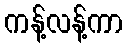
ကန့်လန့်ကာ